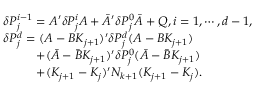
\begin{array} { r l } & { \delta P _ { j } ^ { i - 1 } = A ^ { \prime } \delta P _ { j } ^ { i } A + \bar { A } ^ { \prime } \delta P _ { j } ^ { 0 } \bar { A } + Q , i = 1 , \cdots , d - 1 , } \\ & { \delta P _ { j } ^ { d } = ( A - B K _ { j + 1 } ) ^ { \prime } \delta P _ { j } ^ { d } ( A - B K _ { j + 1 } ) } \\ & { ~ ~ ~ ~ ~ ~ ~ ~ + ( \bar { A } - \bar { B } K _ { j + 1 } ) ^ { \prime } \delta P _ { j } ^ { 0 } ( \bar { A } - \bar { B } K _ { j + 1 } ) } \\ & { ~ ~ ~ ~ ~ ~ ~ ~ + ( K _ { j + 1 } - K _ { j } ) ^ { \prime } N _ { k + 1 } ( K _ { j + 1 } - K _ { j } ) . } \end{array}